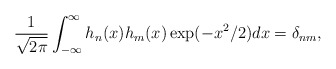
\begin{align*}\frac{1}{\sqrt{2\pi }}\int_{-\infty }^{\infty }h_{n}(x)h_{m}(x)\exp(-x^{2}/2)dx=\delta _{nm}, \end{align*}